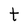
Character: t